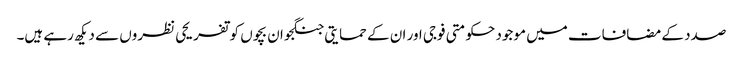
صدد کے مضافات میں موجود حکومتی فوجی اور ان کے حمایتی جنگجو ان بچوں کو تفریحی نظروں سے دیکھ رہے ہیں۔